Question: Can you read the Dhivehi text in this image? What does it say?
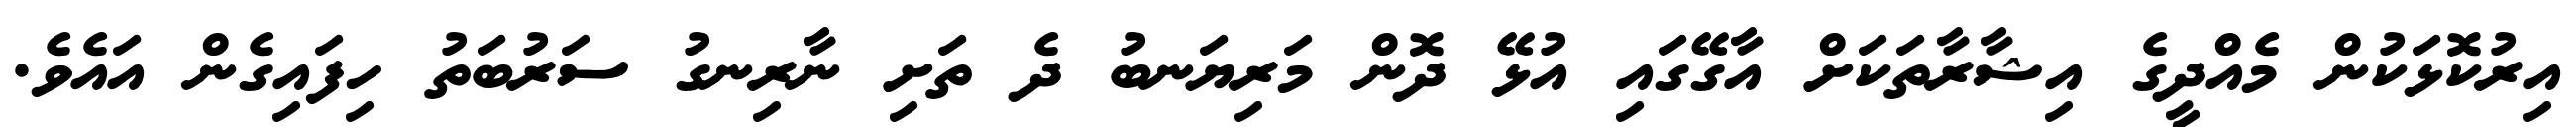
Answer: އިރުކޮޅަކުން މެއްދީގެ އިޝާރާތަކަށް އާގޭގައި އުޅޭ ދޮން މަރިޔަނބު ދެ ތަށި ނާރިނގު ސަރުބަތު ހިފައިގެން އައެވެ.